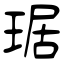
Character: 琚